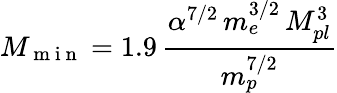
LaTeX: M_{\mathrm{~m~i~n~}}=1.9\, \frac{\alpha^{7/2}\, m_{e}^{3/2}\, M_{pl}^{3}}{m_{p}^{7/2}}